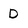
Character: D